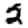
Digit: 2